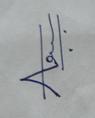
Signature authenticity: genuine